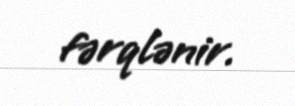
fərqlənir.